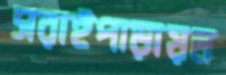
সরাইপাড়ায়ল